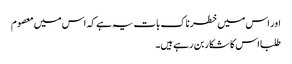
اور اس میں خطرناک بات یہ ہے کہ اس میں معصوم
طلبا اس کا شکار بن رہے ہیں۔